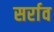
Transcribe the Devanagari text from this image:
सर्राव